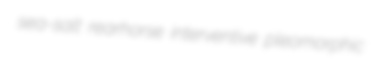
sea-salt rearhorse interventive pleomorphic